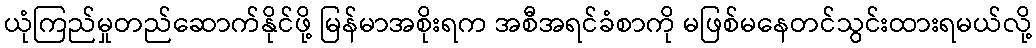
ယုံကြည်မှုတည်ဆောက်နိုင်ဖို့ မြန်မာအစိုးရက အစီအရင်ခံစာကို မဖြစ်မနေတင်သွင်းထားရမယ်လို့